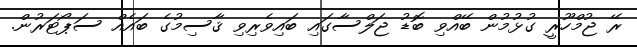
ރޭ ޖުމްހޫރީ ގުޅުމުން ބޭއްވި ބޮޑު ޖަލްސާގައި ބައިވެރިވި ޤާސިމުގެ ބައެއް ސަޕޯޓަރުން.